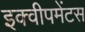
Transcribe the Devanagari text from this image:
इक्वीपमेंटस